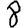
Digit: 8